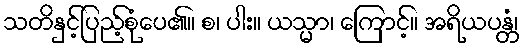
သတိနှင့်ပြည့်စုံပေ၏။ စ၊ ပါး။ ယသ္မာ၊ ကြောင့်။ အရိယပန္တံ၊